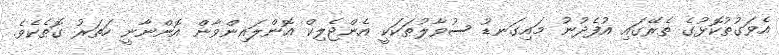
އެވަގުތުކޮޅުގެ ތެރޭގައި އުފެދުނު މައިގަނޑު ސުވާލުތަކަކީ އެންޖެލިކް އޮންލައިންވާން އޮންނާނީ ހަތަރު ގޮތެކެވެ.